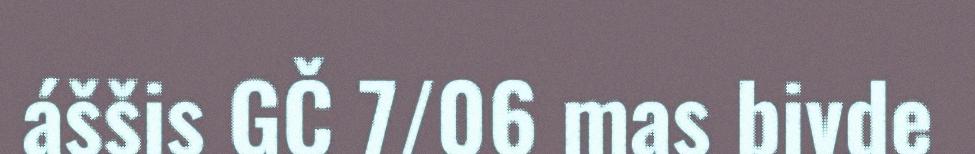
áššis GČ 7/06 mas bivde